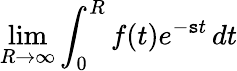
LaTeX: \operatorname*{lim}_{R\to\infty}\int_{0}^{R}f(t)e^{-\mathtt{s}t}\, dt